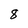
Character: 8